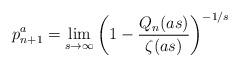
LaTeX: \begin{align*}p_{n+1}^a = \lim_{s\to\infty} \left(1-\frac{Q_n(as)}{\zeta(as)}\right)^{-1/s}\end{align*}